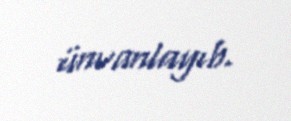
ünvanlayıb.